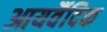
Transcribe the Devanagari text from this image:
आयर्वैदिक